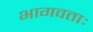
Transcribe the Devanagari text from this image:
भागवताः